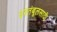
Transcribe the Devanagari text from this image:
इस्तंबूलसाठी